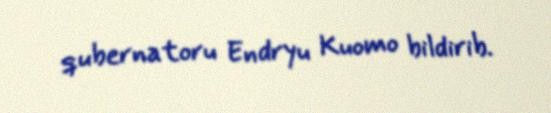
qubernatoru Endryu Kuomo bildirib.